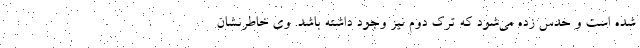
شده است و حدس زده می‌شود که ترک دوم نیز وجود داشته باشد. وی خاطرنشان